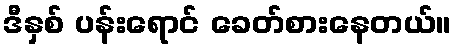
ဒီနှစ် ပန်းရောင် ခေတ်စားနေတယ်။